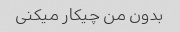
بدون من چیکار میکنی